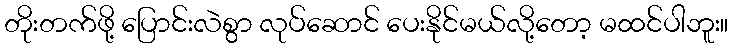
တိုးတက်ဖို့ ပြောင်းလဲစွာ လုပ်ဆောင် ပေးနိုင်မယ်လို့တော့ မထင်ပါဘူး။